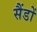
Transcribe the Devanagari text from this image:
सैंडों